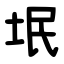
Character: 垊